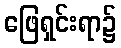
ဖြေရှင်းရာ၌